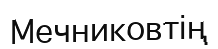
Мечниковтің